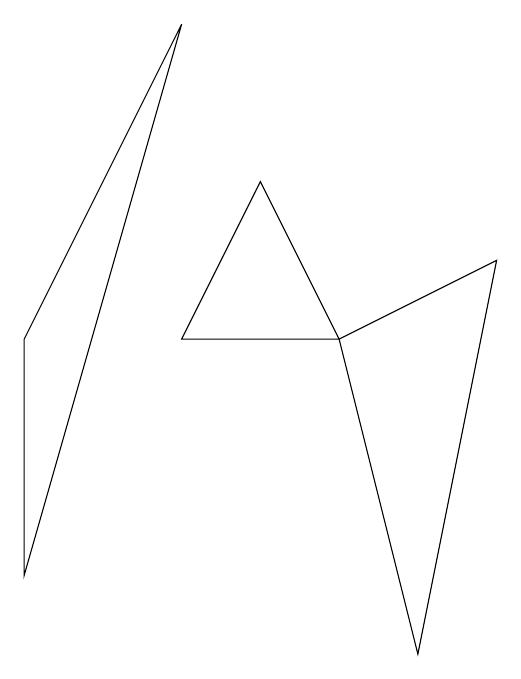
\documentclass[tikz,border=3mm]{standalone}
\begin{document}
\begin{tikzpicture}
\draw (8,0) -- (7,4) -- (9,5) -- cycle;
\draw (6,6) -- (5,4) -- (7,4) -- cycle;
\draw (5,8) -- (3,4) -- (3,1) -- cycle;
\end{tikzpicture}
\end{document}